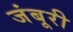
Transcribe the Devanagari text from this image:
जंबूरी